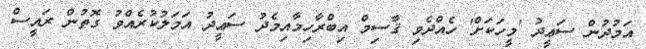
އަމުދުން ސަޢީދު 'މީހަކަށް' ހެއްދެވި ޤާސިމް އިބްރާހިމާއިމެދު ސަޢީދު އަމަލުކުރެއްވު ގޮތުން ރައީސް